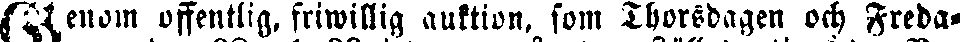
Genom offentlig, friwillig auktion, som Thorsdagen och Freda-